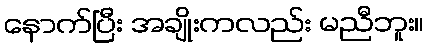
နောက်ပြီး အချိုးကလည်း မညီဘူး။